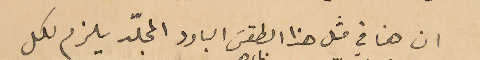
ان هنا في مثل هذا الطقس البارد المجلّد يلزم لكل